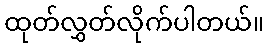
ထုတ်လွှတ်လိုက်ပါတယ်။